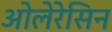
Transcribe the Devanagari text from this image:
ओलेरेसिन